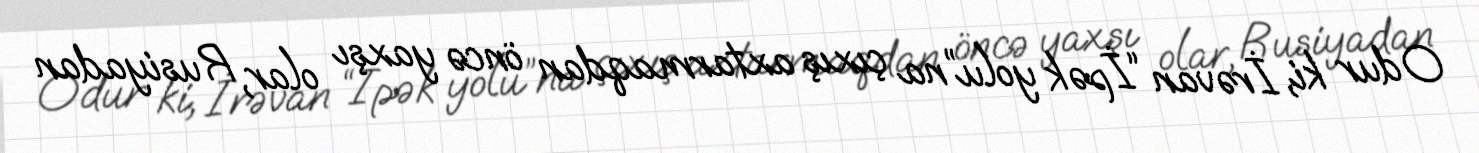
Odur ki, İrəvan “İpək yolu”na çıxış axtarmaqdan öncə yaxşı olar, Rusiyadan